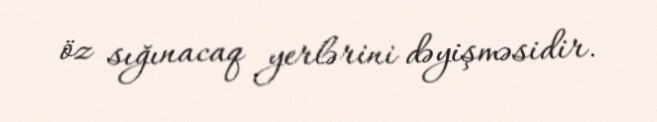
öz sığınacaq yerlərini dəyişməsidir.